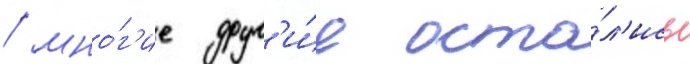
/ мно́г'ие друг'и́е оста́л'ись